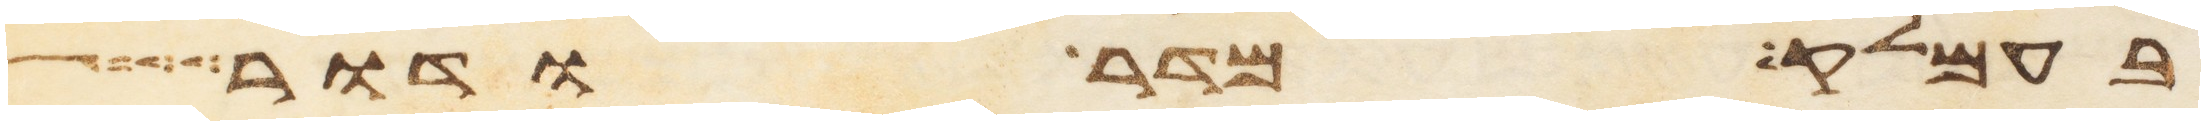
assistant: בעמלק מדר ודר